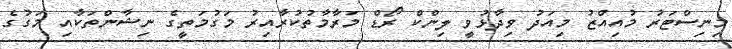
މިނިސްޓަރު މުއިއްޒު މިއަދު ވިދާޅުވީ ލިންކް ރޯޑް މަރާމާތުކުރާއިރު މަގުމަތީގެ ނިޝާންތަކާއި މަގުގެ